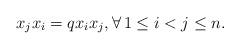
LaTeX: \begin{align*}x_j x_i= q x_i x_j, \forall\, 1\leq i<j \leq n.\end{align*}